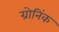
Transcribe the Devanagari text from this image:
ग्रोनिंक